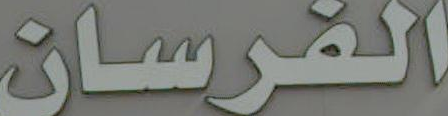
الفرسان